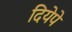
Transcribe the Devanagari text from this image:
दियेपे